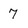
Character: 7